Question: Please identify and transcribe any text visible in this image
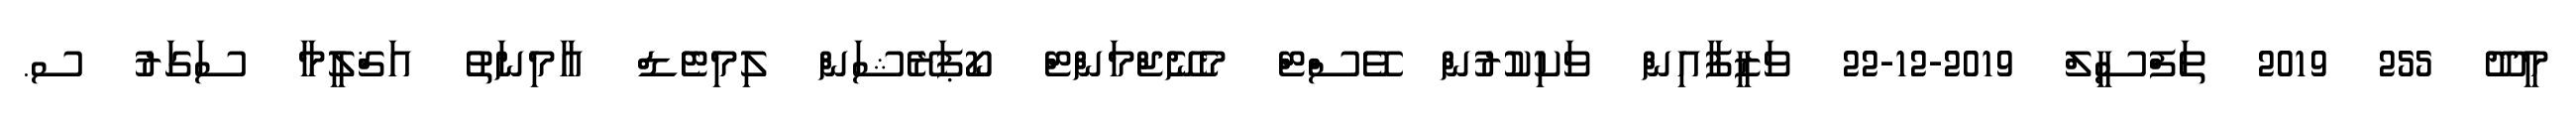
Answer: މީދޫ 255 2019 ތަފްސީލް 2019-12-22 ވަޒީފާއިން ވަކިކުރުން ވޭސްޓް މެނޭޖްމަންޓް ކޯޕަރޭޝަން ލިމިޓެޑް އާމިނަތު އަޤްލީމާ ސަގަރު ސ.